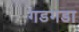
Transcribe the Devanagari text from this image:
गडगडा